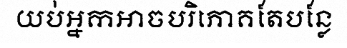
យប់អ្នកអាចបរិភោគតែបន្លែ